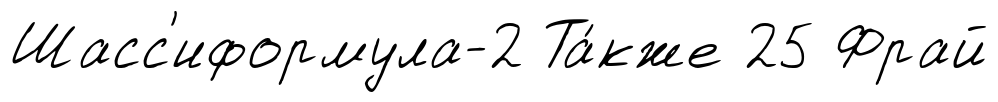
Шасс'иформула-2 Та́кже 25 Фрай